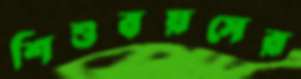
শিশুবয়সের